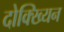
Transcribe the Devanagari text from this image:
दोक्ख्यिन